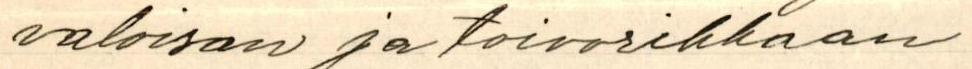
valoisan ja toivorikkaan